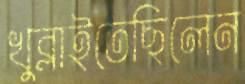
খুব্‌লাইতেছিলেন